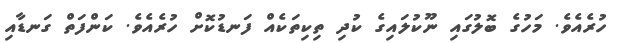
ހުރެެއެވެ. މަހުގެ ބޮލުގައި ނޫކުލައިގެ ކުދި ތިކިތަކެއް ފަނޑުކޮށް ހުރެއެވެ. ކަންފަތް ގަނޑާއި